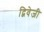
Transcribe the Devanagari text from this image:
द्विवेजी